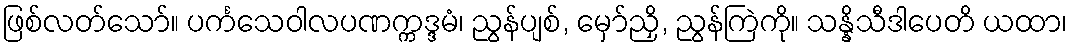
ဖြစ်လတ်သော်။ ပင်္ကသေဝါလပဏက္ကဒ္ဒမံ၊ ညွန်ပျစ်, မှော်ညှိ, ညွန်ကြဲကို။ သန္နိသီဒါပေတိ ယထာ၊